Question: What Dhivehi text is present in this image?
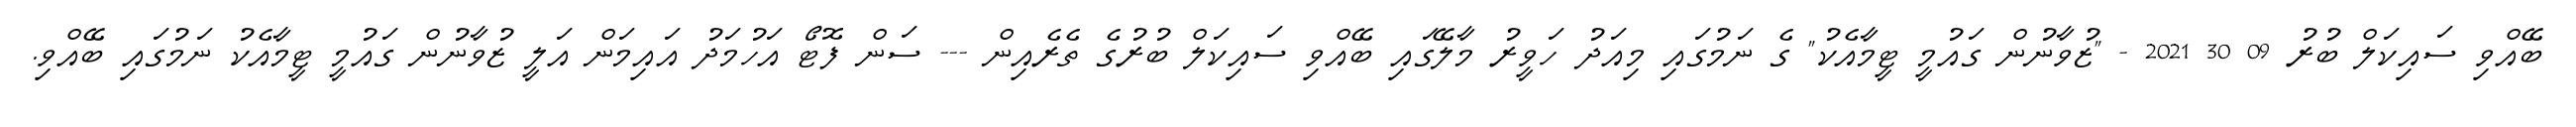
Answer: ބޭއްވި ސައިކަލް ބުރު 09 30 2021 - "ޒުވާނުން ގައުމީ ޓީމާއެކު" ގެ ނަމުގައި މިއަދު ހަވީރު މާލޭގައި ބޭއްވި ސައިކަލް ބުރުގެ ތެރެއިން --- ސަން ފޮޓޯ އަހުމަދު އައިމަން އަލީ ޒުވާނުން ގައުމީ ޓީމާއެކު ނަމުގައި ބޭއްވި.